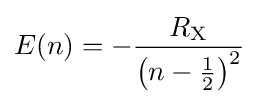
E(n)=-{\frac {R_{\text{X}}}{\left(n-{\tfrac {1}{2}}\right)^{2}}}